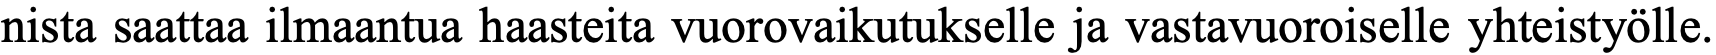
nista saattaa ilmaantua haasteita vuorovaikutukselle ja vastavuoroiselle yhteistyölle.